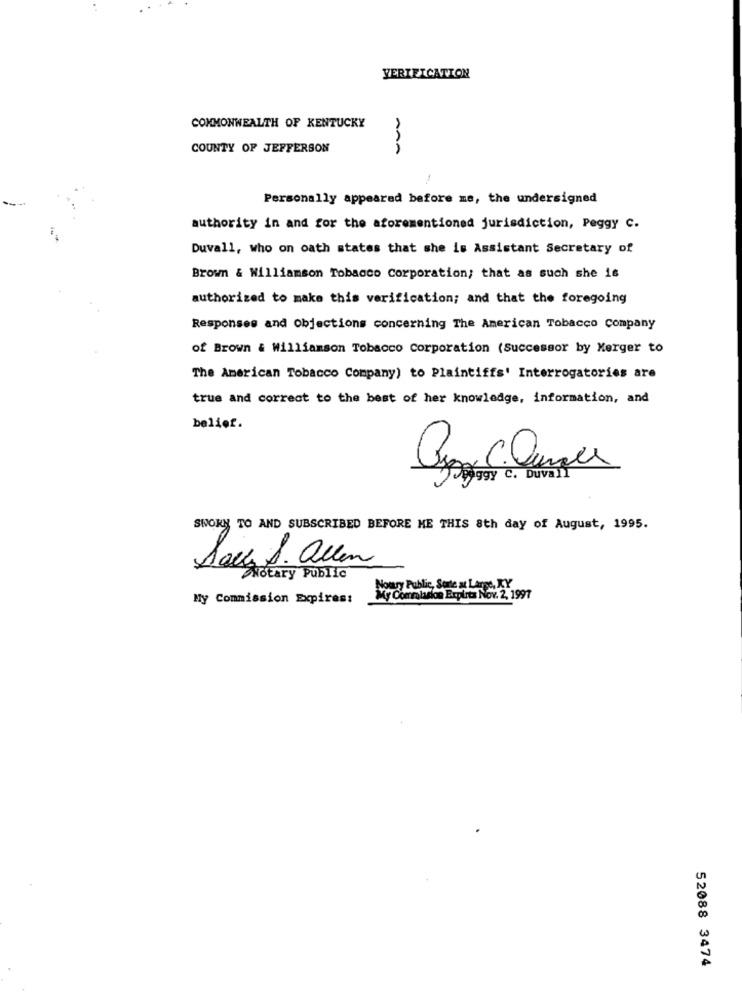
VERIFICATION
COMMONWEALTH OF KENTUCKY
COUNTY OF JEFFERSON
AAA
Personally appeared before me, the undersigned
authority in and for the aforementioned jurisdiction, Peggy c.
Duvall, who on oath states that she is Assistant Secretary of
Brown & Williamson Tobacco Corporation; that as such she is
authorized to make this verification; and that the foregoing
Responses and Objections concerning The American Tobacco company
of Brown & Williamson Tobacco Corporation (Successor by Merger to
The American Tobacco Company) to Plaintiffs' Interrogatories are
true and correct to the best of her knowledge, information, and
belief.
Egy C. DUvall
SWORN TO AND SUBSCRIBED BEFORE ME THIS 8th day of August, 1995.
Savez S. allen
Notary Public
Nowy Public, Same x Large, RY
My Commission Expires:
My Commlaskon Erplita Nov. 2, 1997
52088 3474